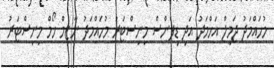
މުހައްމަދު ޖަމީލް އަހްމަދު އަދި ޑިފެންސް މިނިސްޓަރު މުހައްމަދު ނާޒިމް ހޯމް މިނިސްޓަރު